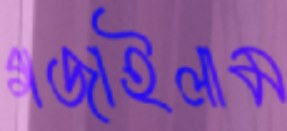
গজাইলাম